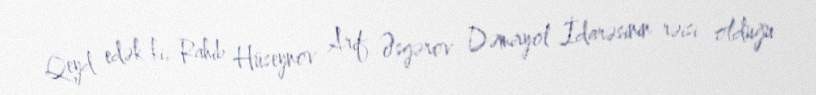
Qeyd edək ki, Rahib Hüseynov Arif Əsgərov Dəmiryol İdarəsinin rəisi olduğu